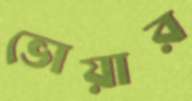
ভোয়ার